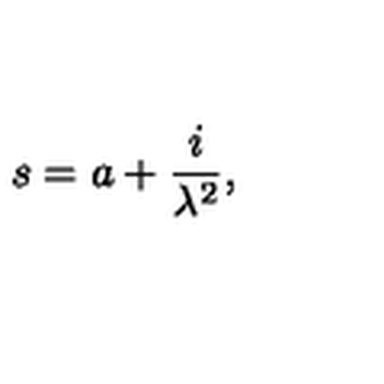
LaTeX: s = a + \frac { i } { \lambda ^ { 2 } } ,